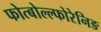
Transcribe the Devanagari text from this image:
फोत्बोल्ल्फोरेनिङ